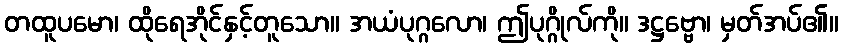
တထူပမော၊ ထိုရေအိုင်နှင့်တူသော။ အယံပုဂ္ဂလော၊ ဤပုဂ္ဂိုလ်ကို။ ဒဋ္ဌဗ္ဗော၊ မှတ်အပ်၏။